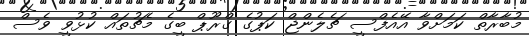
މުބާރާތް ކަމަށްވާ އޭއެފްސީ ޗެލެންޖް ކަޕުގެ ގްރޫޕް ބީގެ މެޗުތައް ކުޅުވީ ވެސް